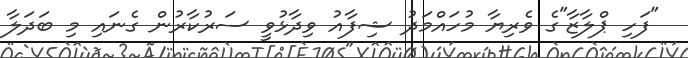
"ފަހި ޕްލާޒާ"ގެ ވެރިޔާ މުހައްމަދު ޝިފާއު ވިދާޅުވީ ސަރުކާރުން ގެނައި މި ބަދަލާ